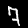
Label: 7